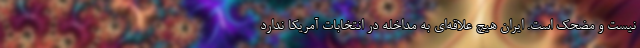
نیست و مضحک است. ایران هیچ علاقه‌ای به مداخله در انتخابات آمریکا ندارد